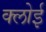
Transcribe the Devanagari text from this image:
क्लोई